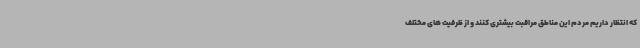
که انتظار داریم مردم این مناطق مراقبت بیشتری کنند و از ظرفیت های مختلف